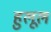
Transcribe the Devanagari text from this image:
हुलूल